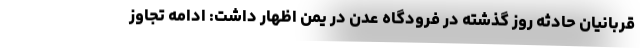
قربانیان حادثه روز گذشته در فرودگاه عدن در یمن اظهار داشت: ادامه تجاوز